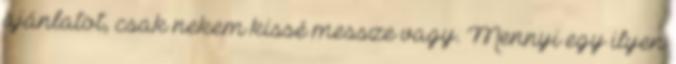
ajánlatot, csak nekem kissé messze vagy. Mennyi egy ilyen